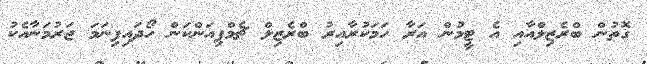
ގޮތުން ބްރެޒިލްއާއި އެ ޓީމުން އަރާ ހަމަކުރާއިރު ބްރެޒިލް ޗެމްޕިއަންކަން ހޯދައިފިނަމަ ޖަރުމަނާއެކު